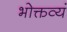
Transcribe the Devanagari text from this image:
भोक्तव्यं